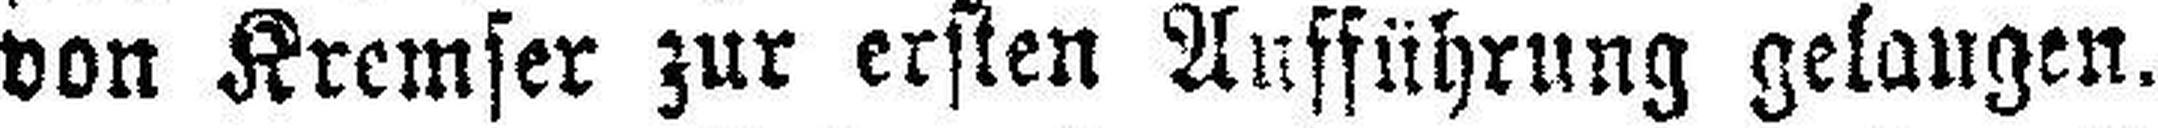
von Kremser zur ersten Aufführung gelangen.